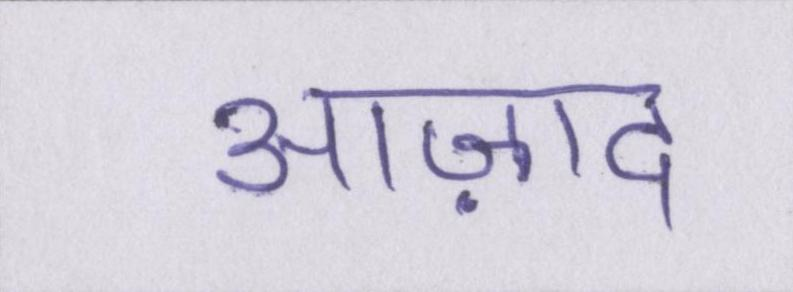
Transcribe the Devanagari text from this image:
आज़ाद